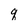
Character: q